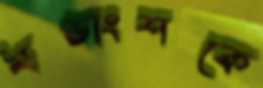
খণ্ডাংশকে